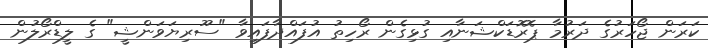
ކަރަން ޖޯހަރުގެ ދަރުމާ ޕޮރޮޑަކްޝަނާއި ގުޅިގެން ރޯހިތު އުފައްދާފައިވާ "ސޫރިޔަވަންޝީ" ގެ ލީޑްރޯލުން